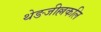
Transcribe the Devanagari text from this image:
थेङजील्लकलि